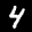
Label: 4